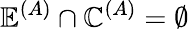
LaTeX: \mathbb{E}^{(A)}\cap\mathbb{C}^{(A)}=\emptyset